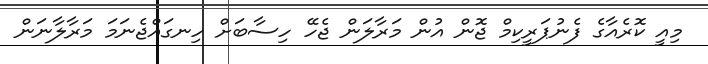
މިއީ ކޮރެއާގެ ފެނުޕަރީކިމް ޖޮން އުން މަރާލަން ޖެހޭ ހިސާބަށް ހިނގައްޖެނަމަ މަރާލާނަން